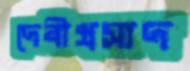
দেবীপ্রসাদ